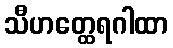
သီဟတ္ထေရဂါထာ